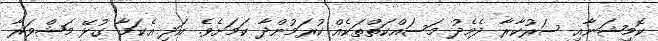
ކޮމިޝަނާއި ސަރުކާރާ ދެމެދު މަސައްކަތްތަކެއް ކުރަމުންދާ ކަމަށެވެ. އަދި އެކަމާ ގުޅޭ މަޝްވަރާ